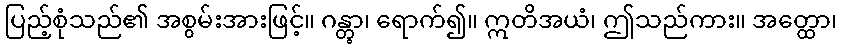
ပြည့်စုံသည်၏ အစွမ်းအားဖြင့်။ ဂန္တွာ၊ ရောက်၍။ ဣတိအယံ၊ ဤသည်ကား။ အတ္ထော၊